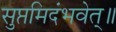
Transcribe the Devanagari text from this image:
सुप्तमिदंभवेत्॥